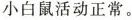
小白鼠活动正常。